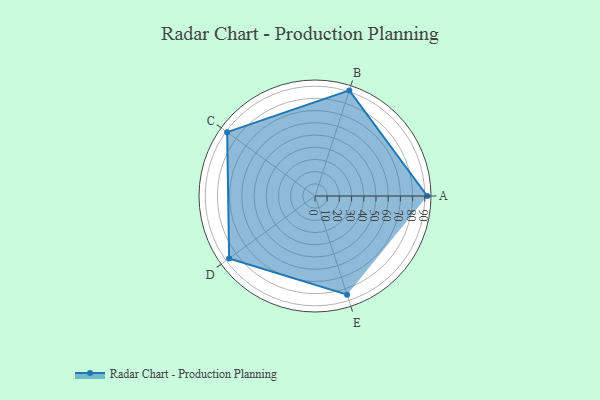
{"axis": {"x": "Skill", "y": "Score"}, "legend": ["Profile"], "data": [{"x": "A", "y": 92.0, "type": "Profile"}, {"x": "B", "y": 91.0, "type": "Profile"}, {"x": "C", "y": 89.0, "type": "Profile"}, {"x": "D", "y": 87.0, "type": "Profile"}, {"x": "E", "y": 85.0, "type": "Profile"}]}